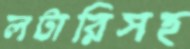
লটারিসহ